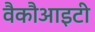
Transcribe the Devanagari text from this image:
वैकौआइटी